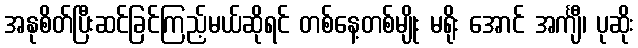
အနုစိတ်ပြီးဆင်ခြင်ကြည့်မယ်ဆိုရင် တစ်နေ့တစ်မျိုး မရိုး အောင် အင်္ကျီ၊ ပုဆိုး